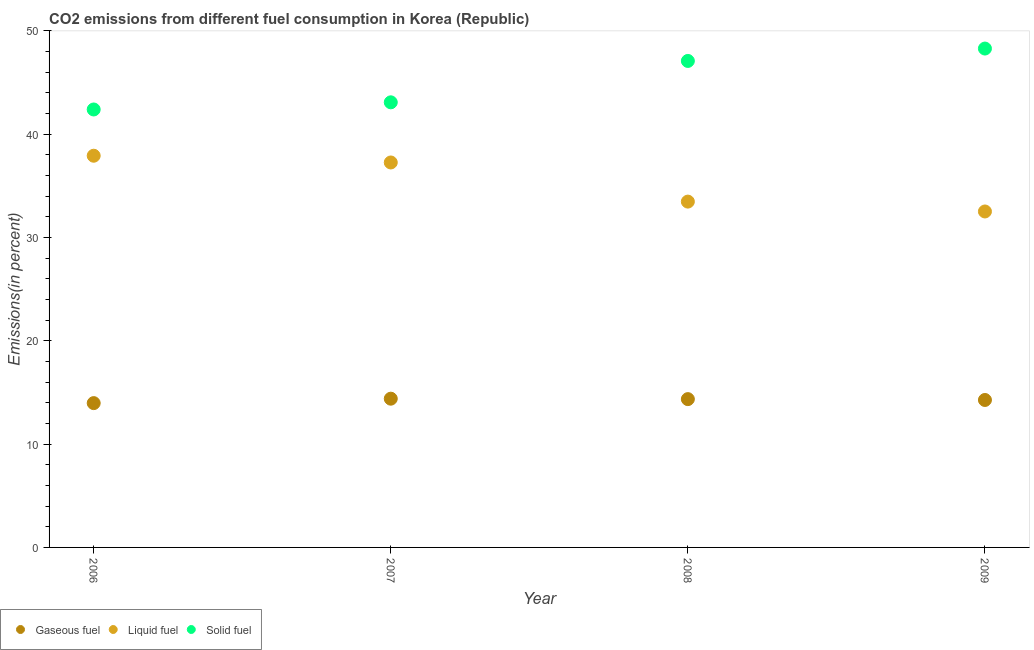
| Year | Gaseous fuel | Liquid fuel | Solid fuel |
 | --- | --- | --- | --- |
 | 2006 | 14 | 37.9 | 42.4 |
 | 2007 | 14.4 | 37.3 | 43.1 |
 | 2008 | 14.4 | 33.5 | 47.1 |
 | 2009 | 14.3 | 32.5 | 48.3 |